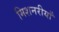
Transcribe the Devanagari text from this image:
मिशनरीयाँ